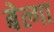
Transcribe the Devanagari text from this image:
बेल्गा